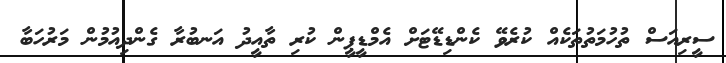
ސީރިއަސް ތުހުމަތުތަކެއް ކުރެވޭ ކެންޑިޑޭޓަށް އެމްޑީޕީން ކުރި ތާއީދު އަނބުރާ ގެންދިއުމުން މަރުހަބާ